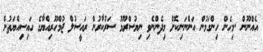
އެއްނޫން .މިހެން ހިންގަމުން އަންނަނިކޮށް މިދެންނެވި ނިޔުސްރޫމު ސަރުކާރުން ރައީސުލް ޖުމްހޫރިއްޔާގެ ހައިސިއްޔަތުން